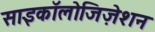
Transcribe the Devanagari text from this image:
साइकॉलोजिज़ेशन